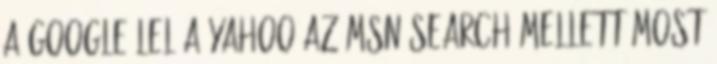
a Google-lel a Yahoo Az MSN Search mellett most